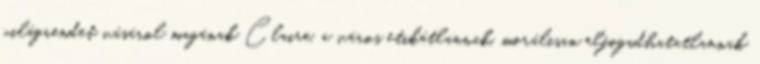
világrendet vásárol magának Claire, a város etikátlannak, morálisan elfogadhatatlannak